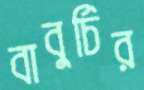
বাবুর্চির